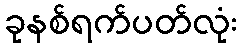
ခုနစ်ရက်ပတ်လုံး